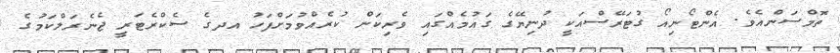
ތޮމްސަންއެވެ. އެންޓޯނިއޯ ގުޓަރޭސްއަކީ ދުނިޔޭގެ ގައުމެއްގައި ވެރިކަން ކުރެއްވުމަށްފަހު އދގެ ސެކްރެޓަރީ ޖެނެރަލްކަމުގެ